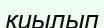
қиылып